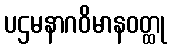
ပဌမနာဂဝိမာနဝတ္ထု